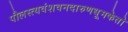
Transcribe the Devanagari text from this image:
पौलस्त्यवंशवनदारुणधूमकेतो